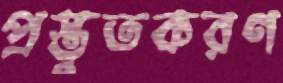
প্রস্তুতকরণ